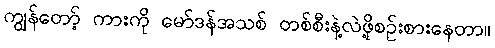
ကျွန်တော့် ကားကို မော်ဒန်အသစ် တစ်စီးနဲ့လဲဖို့စဉ်းစားနေတာ။